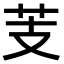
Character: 芰